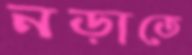
নড়াতে